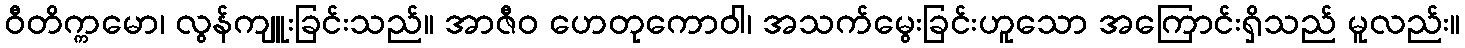
ဝီတိက္ကမော၊ လွန်ကျူးခြင်းသည်။ အာဇီဝ ဟေတုကောဝါ၊ အသက်မွေးခြင်းဟူသော အကြောင်းရှိသည် မူလည်း။